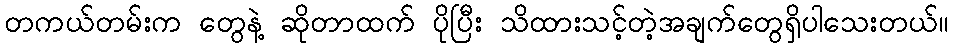
တကယ်တမ်းက တွေနဲ့ ဆိုတာထက် ပိုပြီး သိထားသင့်တဲ့အချက်တွေရှိပါသေးတယ်။